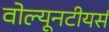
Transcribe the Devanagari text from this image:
वोल्यूनटीयर्स